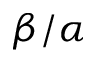
\beta / \alpha